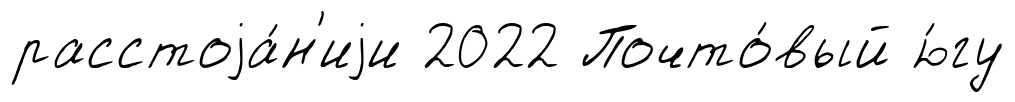
расстоjа́н'иjи 2022 Почто́вый ю́гу